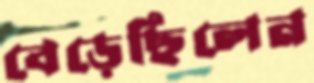
বেড়েছিলেন